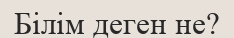
Білім деген не?